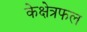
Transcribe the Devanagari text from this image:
केक्षेत्रफल